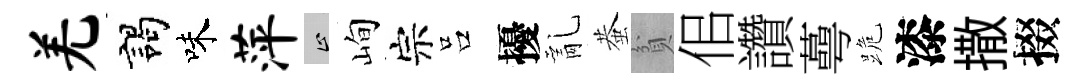
羌謁味萍止峋宗吕擾亂蛬貧佀讚蕚跪漆撒掇